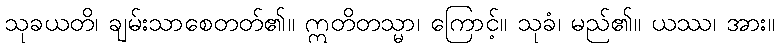
သုခယတိ၊ ချမ်းသာစေတတ်၏။ ဣတိတသ္မာ၊ ကြောင့်။ သုခံ၊ မည်၏။ ယဿ၊ အား။